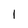
Character: l